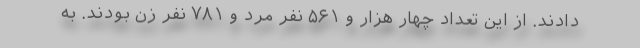
دادند. از این تعداد چهار هزار و ۵۶۱ نفر مرد و ۷۸۱ نفر زن بودند. به